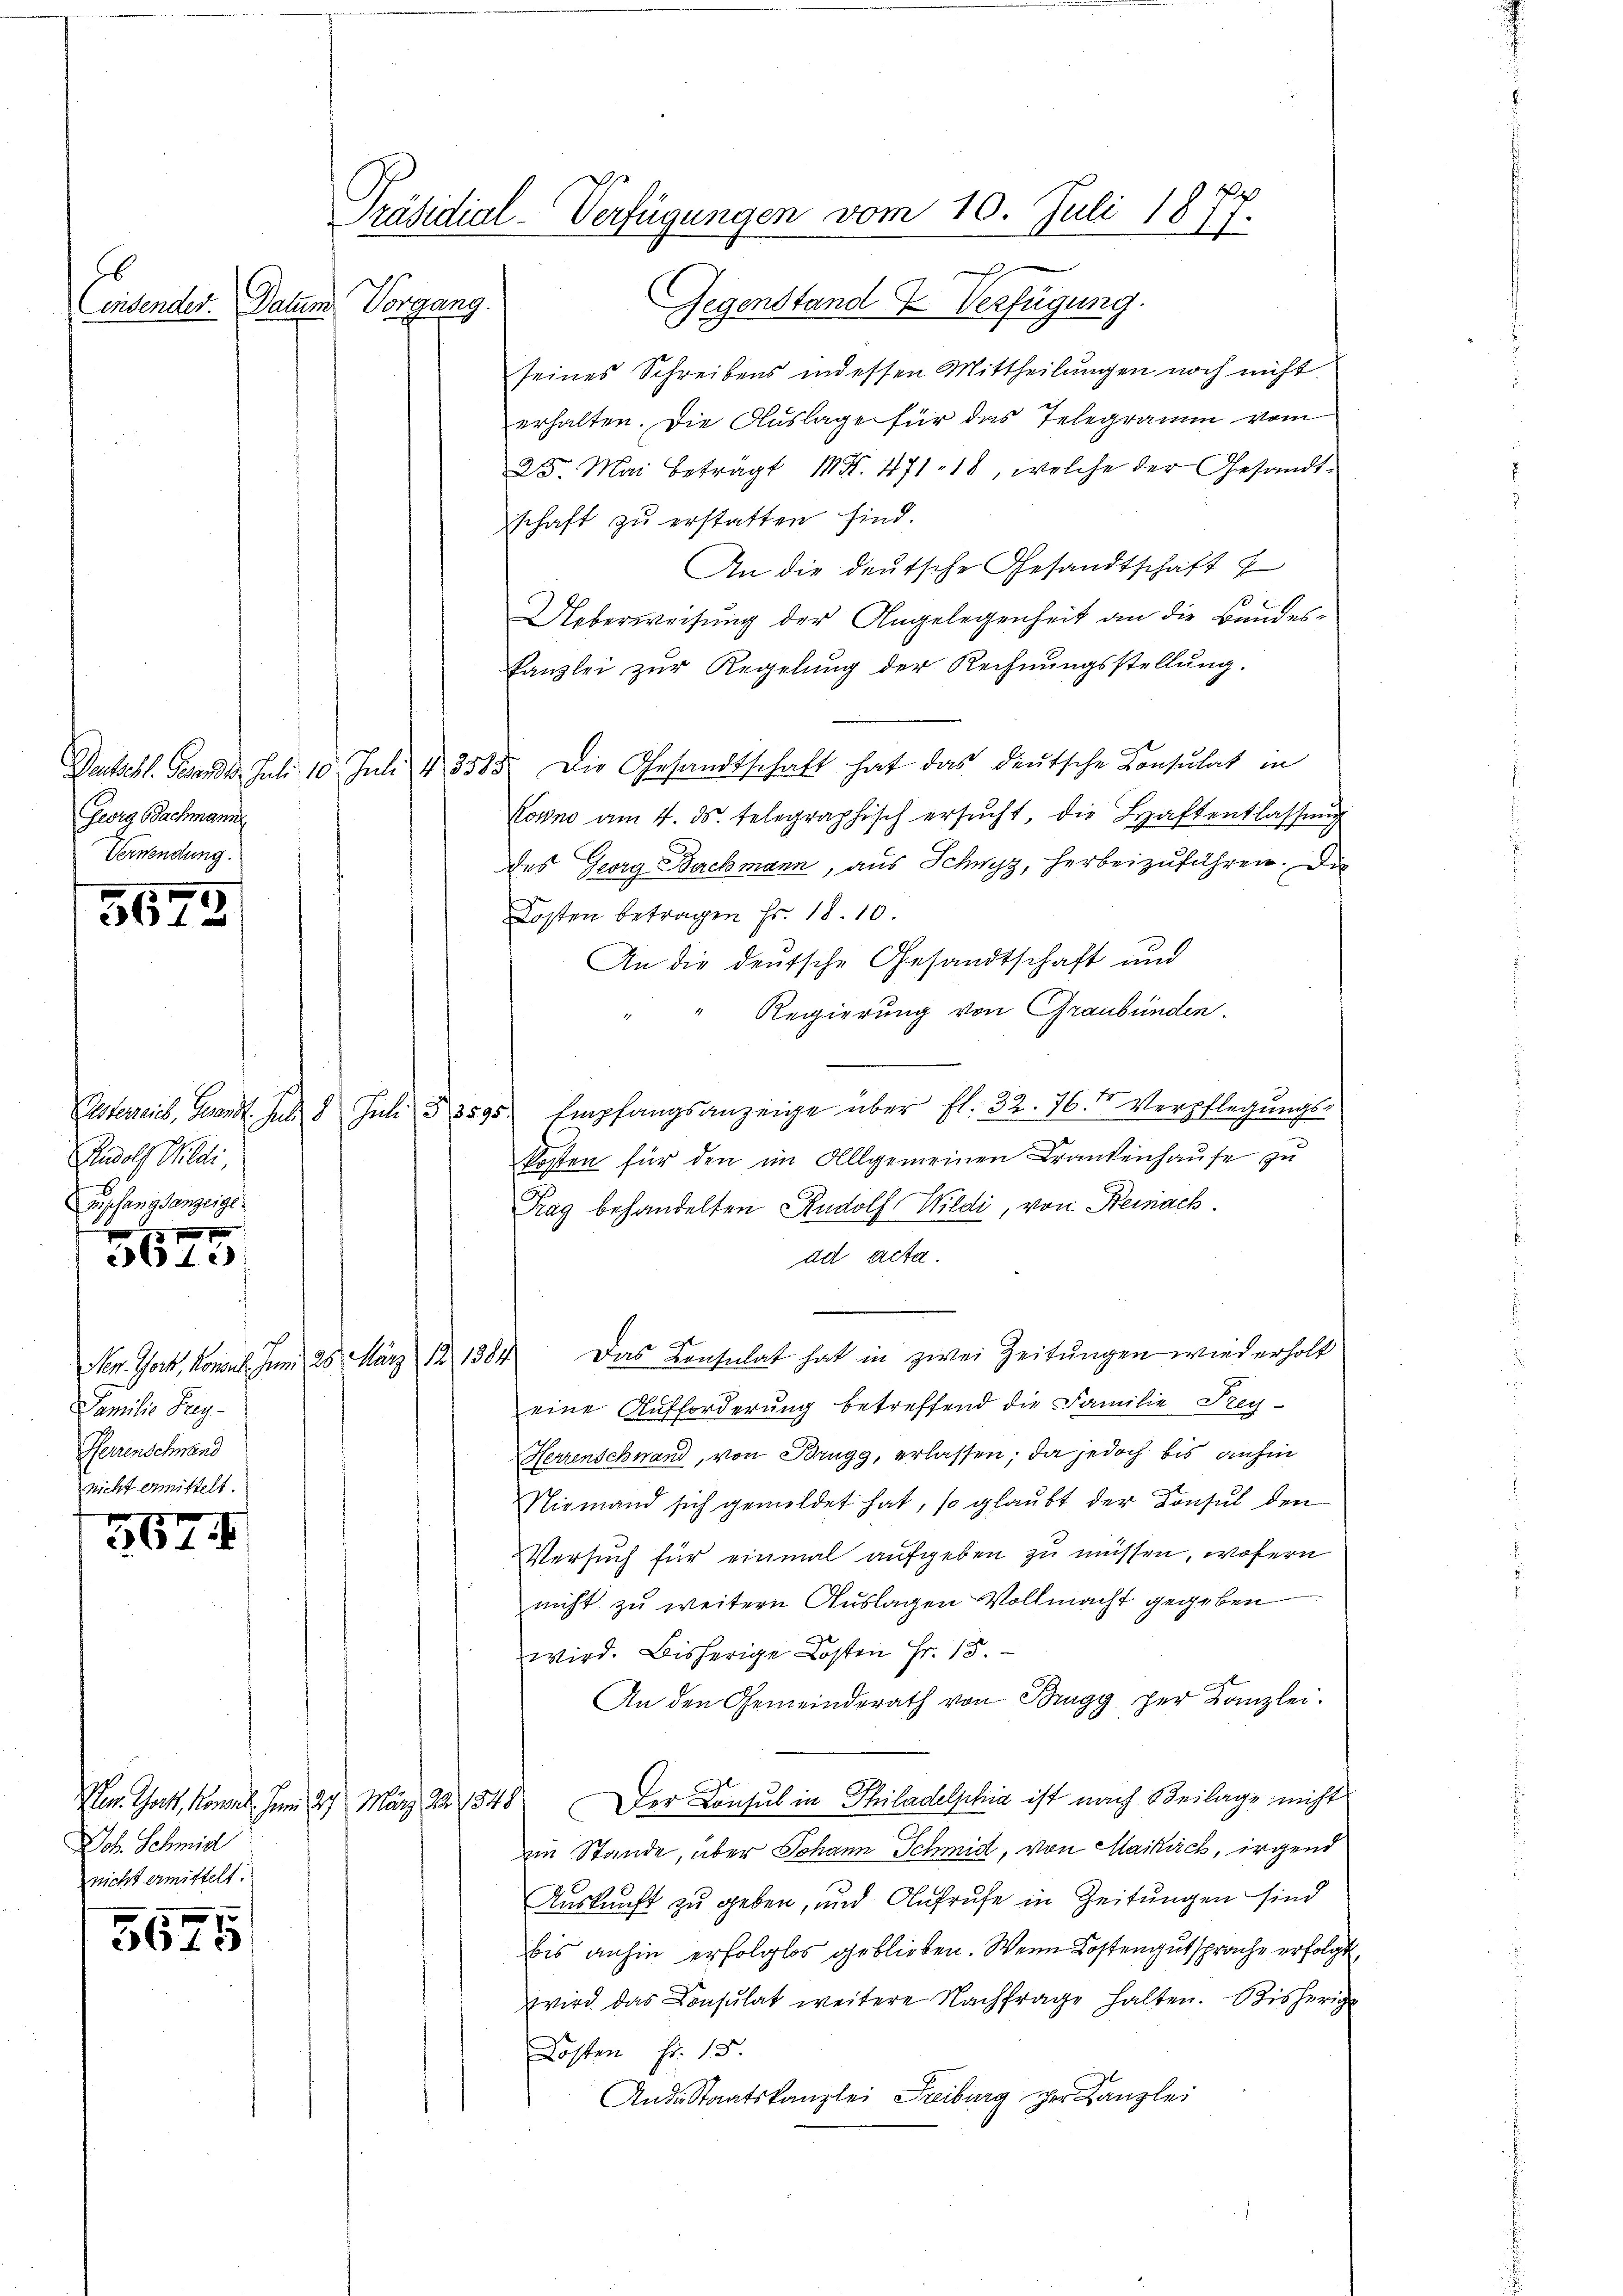
Vergang.
Consender.   Datum

Georg Bachmann
Verwendung.

3673

Rudolf Wildi,
Zupfangsanzeige

5615

Gegenstand & Verfügung.
seines Schreibens indessen Mittheilungen noch nicht
erhalten. Die Auslage für das Telegramm vom
D. Mai beträgt M. S. 471 - 18, welche der Gesandtschaft zu erstatten sind.
An die deutsche Gesandtschaft
Ueberweisung der Angelegenheit an die Bundes-
Kanzlei zur Regelung der Rechnungsstellung.
Dachsel. Gesandt. Juli 10 Juli 4 3585. Die Gesandtschaft hat das deutsche Consulat in
Kowno am 4. ds. telegraphisch ersŭcht, die Haftentlassŭng
des Georg Bachmann, aus Schwyz, herbeizuführen. Die
Kosten betragen Fr. 18.10.
An die deutsche Gesandtschaft und
Regierung von Graubünden.
Osseweib, Gesandt. Jul. 8 Juli § 3595. Empfangsanzeige über fl. 32. 76. Verpflegungs-
Posten für den im Allgemeinen Krankenhause zu
Tag behandelten Rudolf Wildi, von Demnach.
ad acta.
Das Konsulat hat in zwei Zeitungen wird erholt
eine Aufforderung betreffend die Familie Frey-
Herrenschwand, von Brugg, erlassen; da jedoch bis dahin
Niemand sich gemeldet hat, so glaubt der Konsul den
Versuch für einmal aufgeben zu müssen, wofern
nicht zu weitern Auslagen Vollmacht gegeben
wird. Bisherige Kosten Fr. 15.
An den Gemeinderath von Brugg per Kanzlei.
Ven. Gott, konnt. Im 27. März 22. 1548. Der Konsul in Philadelphia ist nach Beilage nicht
Ein Stande, über Johann Schmid, von Maikäck, irgend
Auskunft zu geben, und Aufrufe in Zeitungen sind
bis anhin erfolglos geblieben. Wenn Kostengut sprache erfolgt,
wird das Consulat weitere Nachfrage halten. Bisherige
Kosten Fr. 15.
Anderstaatskanzlei Freiburg der Kanzlei

en Jost, kommel. Jun. 125. März 18, 1384
Familie Frey¬
Herenschwand
nicht ermittelt.

367

Joh. Schmid
nicht ermittelt.

5625

Präsidial-Verfügungen vom 10. Juli 1877.